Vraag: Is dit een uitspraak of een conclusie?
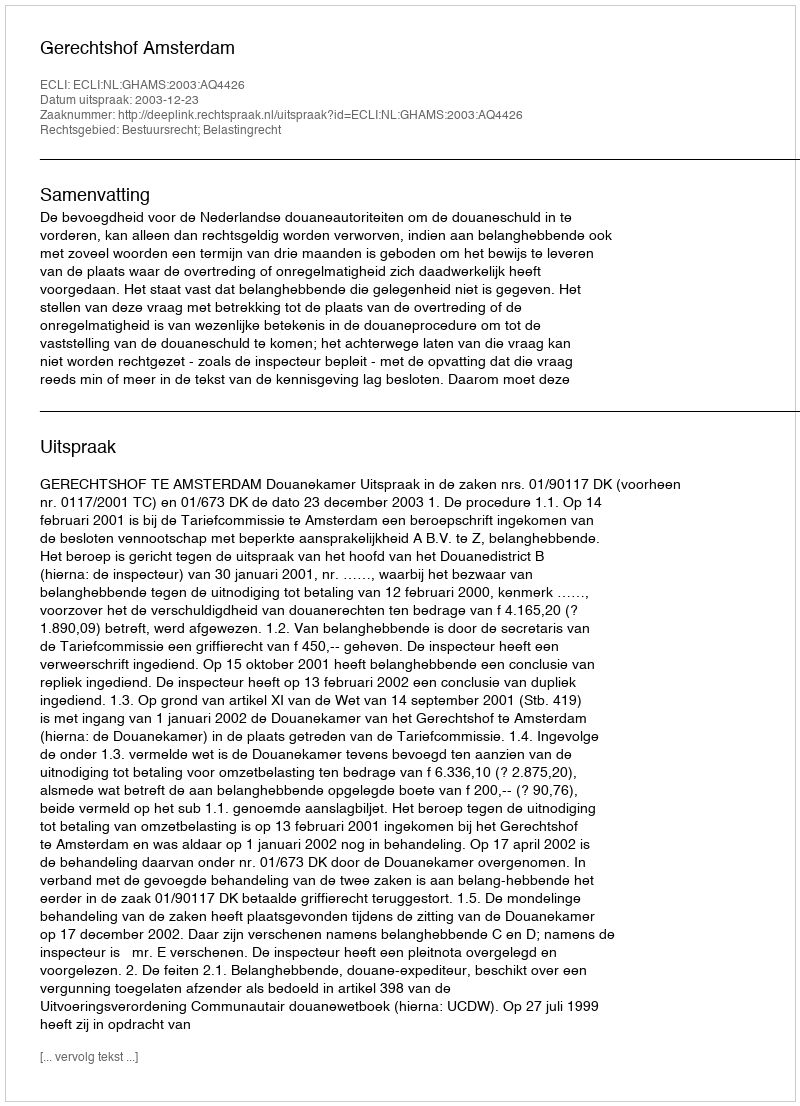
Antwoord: Uitspraak